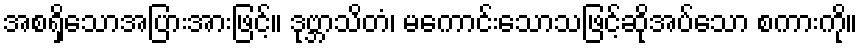
အစရှိသောအပြားအားဖြင့်။ ဒုဗ္ဘာသိတံ၊ မကောင်းသောသဖြင့်ဆိုအပ်သော စကားကို။